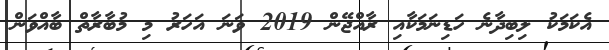
އެކަމަކު ލިބިދާނެ ހަޑިނަމަކާއި ރާއްޖޭން 2019 ވަނަ އަހަރު މި މުބާރާތް ބާއްވަން